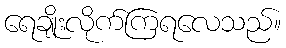
ရေချိုးလိုက်ကြရလေသည်။